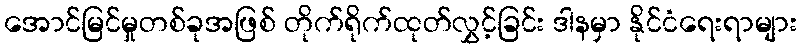
အောင်မြင်မှုတစ်ခုအဖြစ် တိုက်ရိုက်ထုတ်လွှင့်ခြင်း ဒါနမှာ နိုင်ငံရေးရာများ